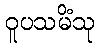
ဝူပသမိံသု